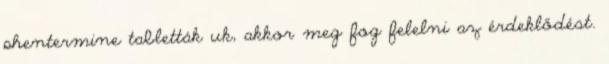
phentermine tabletták uk, akkor meg fog felelni az érdeklődést.